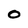
Character: 0